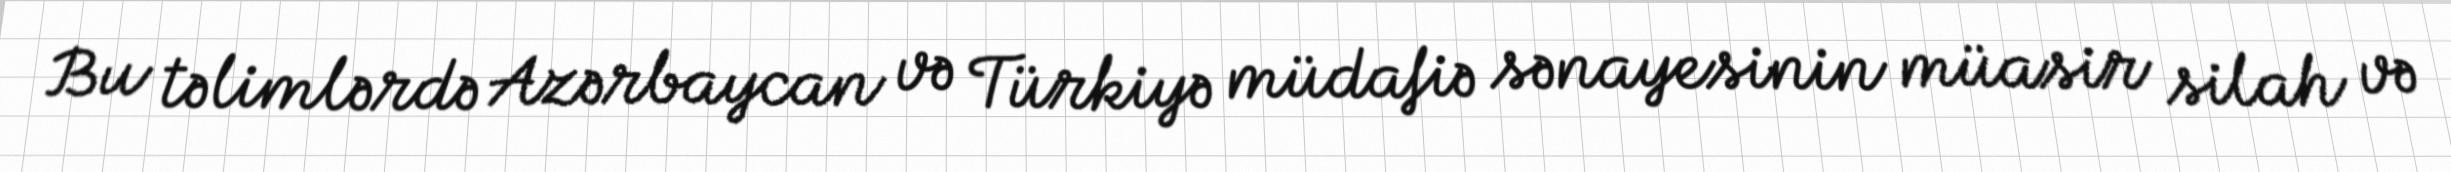
Bu təlimlərdə Azərbaycan və Türkiyə müdafiə sənayesinin müasir silah və